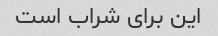
این برای شراب است